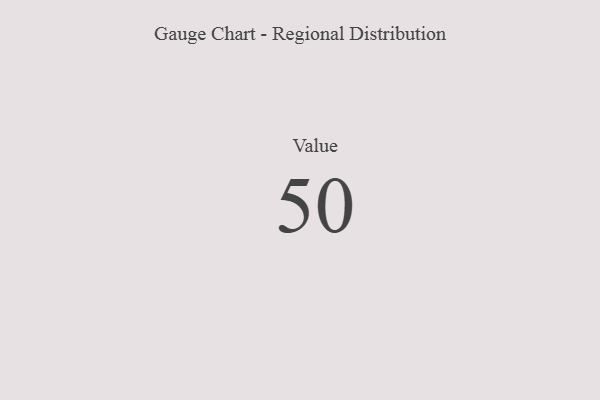
{"axis": {"x": "Metric", "y": "Value"}, "legend": [""], "data": [{"x": "Value", "y": 50, "type": ""}]}